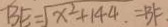
B E = \sqrt { x ^ { 2 } + 1 4 4 } . = B F .